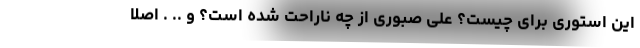
این استوری برای چیست؟ علی صبوری از چه ناراحت شده است؟ و .. . اصلا